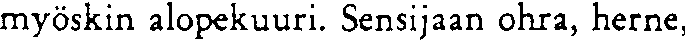
myöskin alopekuuri. Sensijaan ohra, herne,